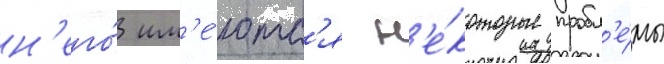
н'его́ им'е́ютс'я н'е́которые пробл'е́мы